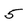
Character: 5